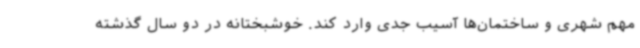
مهم شهری و ساختمان‌ها آسیب جدی وارد کند. خوشبختانه در دو سال گذشته